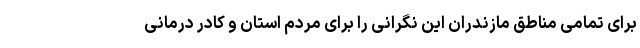
برای تمامی مناطق مازندران این نگرانی را برای مردم استان و کادر درمانی